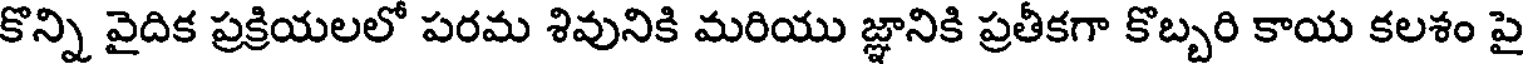
కొన్ని వైదిక ప్రక్రియలలో పరమ శివునికి మరియు జ్ఞానికి ప్రతీకగా కొబ్బరి కాయ కలశం పై